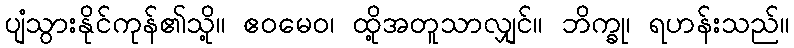
ပျံသွားနိုင်ကုန်၏သို့။ ဧဝမေဝ၊ ထို့အတူသာလျှင်။ ဘိက္ခု၊ ရဟန်းသည်။